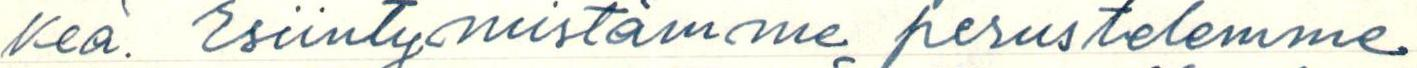
keä. Esiintymistämme perustelemme